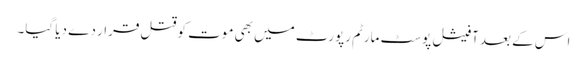
اس کے بعد آفیشل پوسٹ مارٹم رپورٹ میں بھی موت کو قتل قرار دے دیا گیا۔